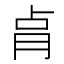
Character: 𰮗